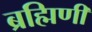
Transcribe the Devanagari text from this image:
ब्रह्मिणी